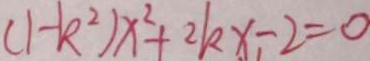
( 1 - k ^ { 2 } ) x ^ { 2 } + 2 k x _ { 1 } - 2 = 0